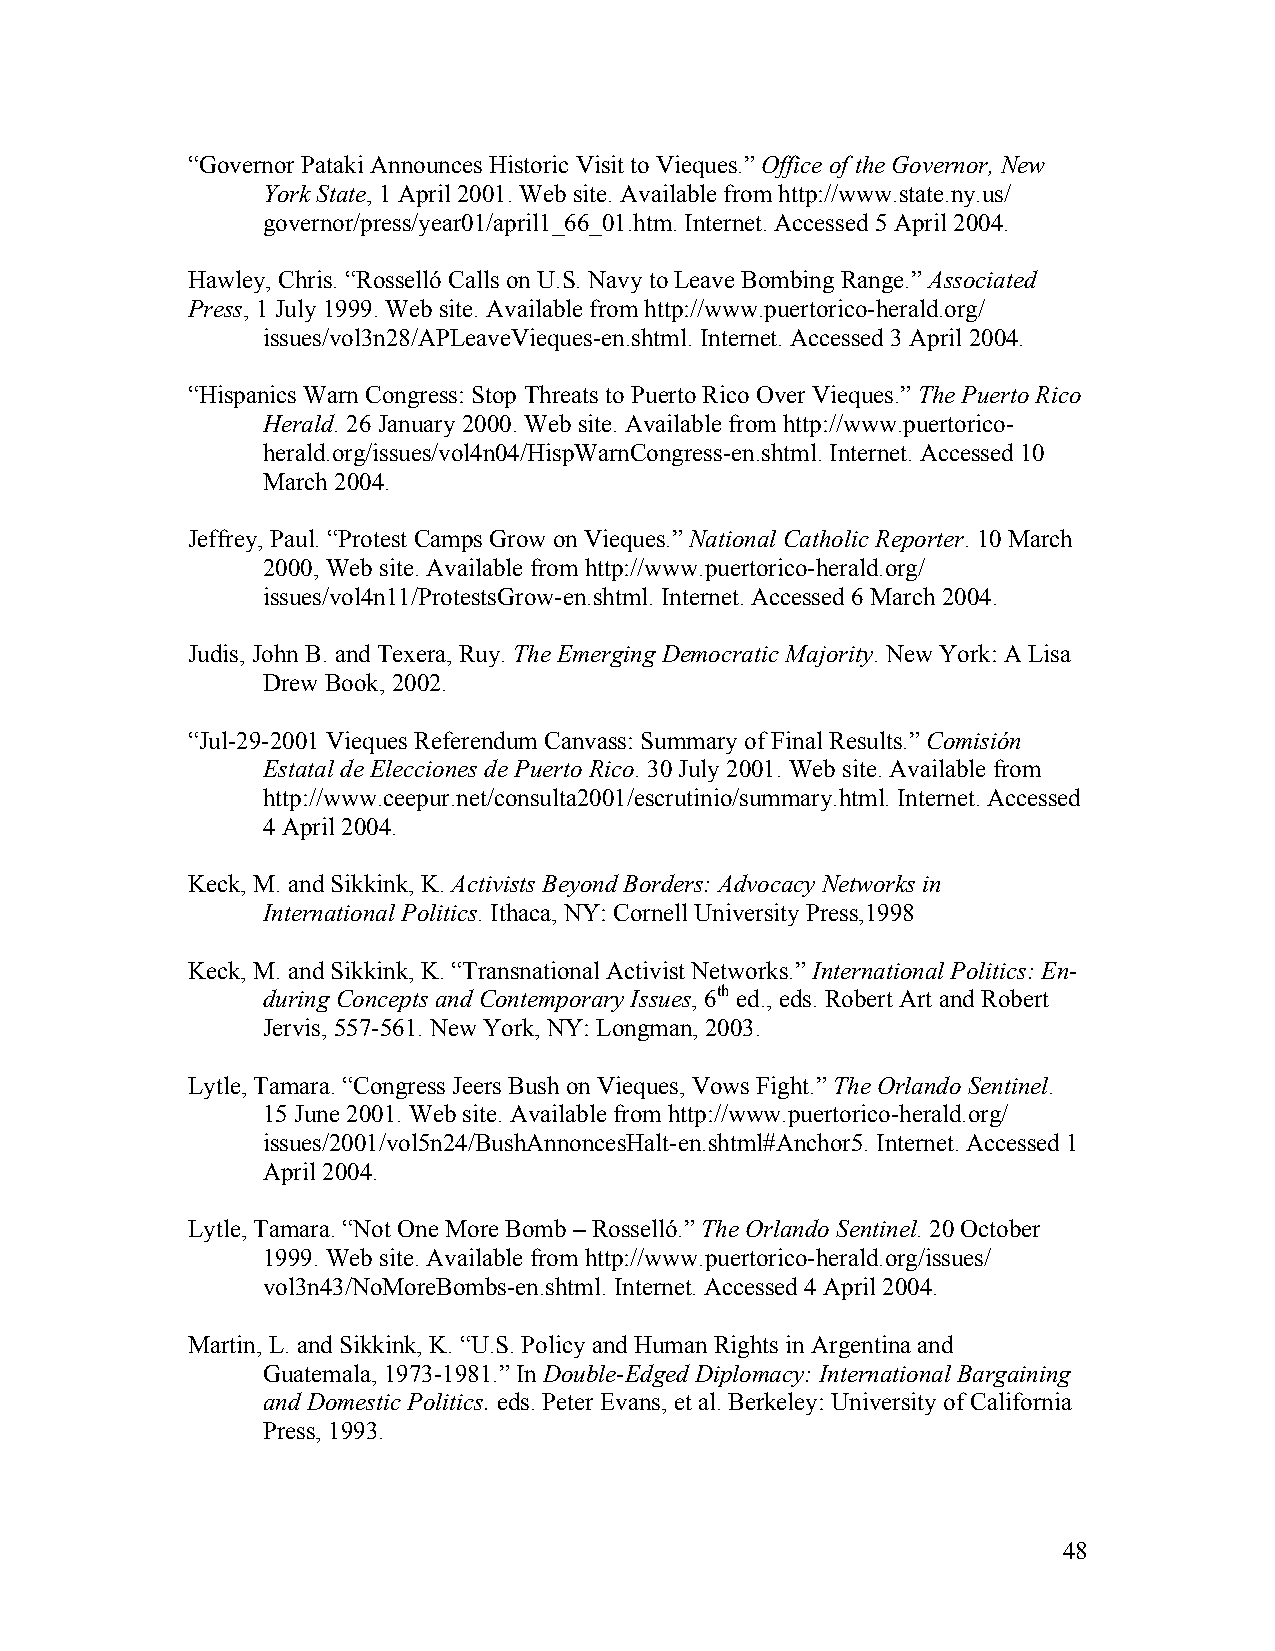
“Governor Pataki Announces Historic Visit to Vieques.” Office of the Governor, New
 York State, 1 April 2001. Web site. Available from http://www.state.ny.us/
 governor/press/year01/april1_66_01.htm. Internet. Accessed 5 April 2004.
 Hawley, Chris. “Rosselló Calls on U.S. Navy to Leave Bombing Range.” Associated
 Press, 1 July 1999. Web site. Available from http://www.puertorico-herald.org/
 issues/vol3n28/APLeaveVieques-en.shtml. Internet. Accessed 3 April 2004.
 “Hispanics Warn Congress: Stop Threats to Puerto Rico Over Vieques.” The Puerto Rico
 Herald. 26 January 2000. Web site. Available from http://www.puertorico-
 herald.org/issues/vol4n04/HispWarnCongress-en.shtml. Internet. Accessed 10
 March 2004.
 Jeffrey, Paul. “Protest Camps Grow on Vieques.” National Catholic Reporter. 10 March
 2000, Web site. Available from http://www.puertorico-herald.org/
 issues/vol4n11/ProtestsGrow-en.shtml. Internet. Accessed 6 March 2004.
 Judis, John B. and Texera, Ruy. The Emerging Democratic Majority. New York: A Lisa
 Drew Book, 2002.
 “Jul-29-2001 Vieques Referendum Canvass: Summary of Final Results.” Comisión
 Estatal de Elecciones de Puerto Rico. 30 July 2001. Web site. Available from
 http://www.ceepur.net/consulta2001/escrutinio/summary.html. Internet. Accessed
 4 April 2004.
 Keck, M. and Sikkink, K. Activists Beyond Borders: Advocacy Networks in
 International Politics. Ithaca, NY: Cornell University Press,1998
 Keck, M. and Sikkink, K. “Transnational Activist Networks.” International Politics: En-
 during Concepts and Contemporary Issues, 6th ed., eds. Robert Art and Robert
 Jervis, 557-561. New York, NY: Longman, 2003.
 Lytle, Tamara. “Congress Jeers Bush on Vieques, Vows Fight.” The Orlando Sentinel.
 15 June 2001. Web site. Available from http://www.puertorico-herald.org/
 issues/2001/vol5n24/BushAnnoncesHalt-en.shtml#Anchor5. Internet. Accessed 1
 April 2004.
 Lytle, Tamara. “Not One More Bomb – Rosselló.” The Orlando Sentinel. 20 October
 1999. Web site. Available from http://www.puertorico-herald.org/issues/
 vol3n43/NoMoreBombs-en.shtml. Internet. Accessed 4 April 2004.
 Martin, L. and Sikkink, K. “U.S. Policy and Human Rights in Argentina and
 Guatemala, 1973-1981.” In Double-Edged Diplomacy: International Bargaining
 and Domestic Politics. eds. Peter Evans, et al. Berkeley: University of California
 Press, 1993.
 48